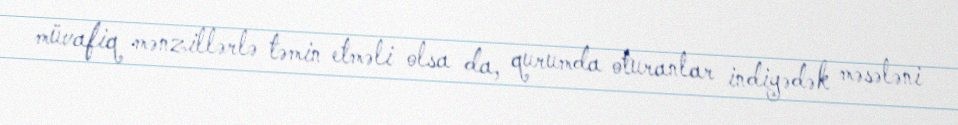
müvafiq mənzillərlə təmin etməli olsa da, qurumda oturanlar indiyədək məsələni